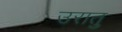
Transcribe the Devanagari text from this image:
उरातु